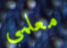
معلمي